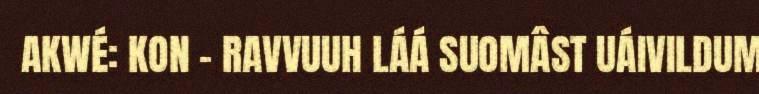
AKWÉ: KON – RAVVUUH LÁÁ SUOMÂST UÁIVILDUM